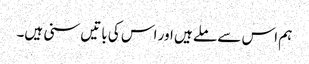
ہم اس سے ملے ہیں اور اس کی باتیں سنی ہیں۔